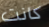
كانت